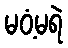
မဝံ့မရဲ